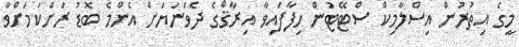
މީގެ އިތުރުން އިސްލާމިކް ސްޓޭޓުން ހިފާފައިވާ އިރާޤްގެ ދެވަނަޔަށް އެންމެ ބޮޑު ރަށްކަމަށްވާ